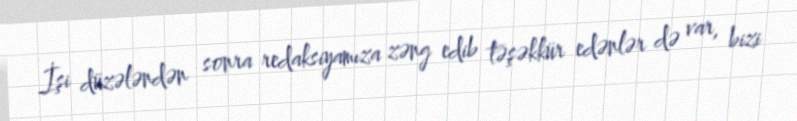
İşi düzələndən sonra redaksiyamıza zəng edib təşəkkür edənlər də var, bizi